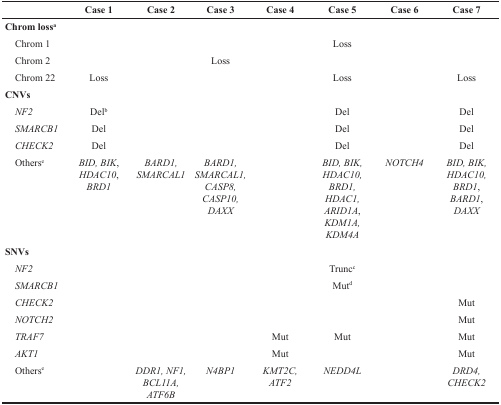
<table><thead><tr><td></td><td><b>Case 1</b></td><td><b>Case 2</b></td><td><b>Case 3</b></td><td><b>Case 4</b></td><td><b>Case 5</b></td><td><b>Case 6</b></td><td><b>Case 7</b></td></tr></thead><tbody><tr><td colspan="8"><b>Chrom loss<sup>a</sup></b></td></tr><tr><td> Chrom 1</td><td></td><td></td><td></td><td></td><td>Loss</td><td></td><td></td></tr><tr><td> Chrom 2</td><td></td><td></td><td>Loss</td><td></td><td></td><td></td><td></td></tr><tr><td> Chrom 22</td><td>Loss</td><td></td><td></td><td></td><td>Loss</td><td></td><td>Loss</td></tr><tr><td colspan="8"><b>CNVs</b></td></tr><tr><td> <i>NF2</i></td><td>Del<sup>b</sup></td><td></td><td></td><td></td><td>Del</td><td></td><td>Del</td></tr><tr><td> <i>SMARCB1</i></td><td>Del</td><td></td><td></td><td></td><td>Del</td><td></td><td>Del</td></tr><tr><td> <i>CHECK2</i></td><td>Del</td><td></td><td></td><td></td><td>Del</td><td></td><td>Del</td></tr><tr><td> Others<sup>e</sup></td><td><i>BID, BIK</i>, <i>HDAC10</i>, <i>BRD1</i></td><td><i>BARD1, SMARCAL1</i></td><td><i>BARD1, SMARCAL1, CASP8, CASP10, DAXX</i></td><td></td><td><i>BID, BIK, HDAC10, BRD1, HDAC1, ARID1A</i>, <i>KDM1A, KDM4A</i></td><td><i>NOTCH4</i></td><td><i>BID, BIK, HDAC10, BRD1</i>, <i>BARD1</i>, <i>DAXX</i></td></tr><tr><td colspan="8"><b>SNVs</b></td></tr><tr><td> <i>NF2</i></td><td></td><td></td><td></td><td></td><td>Trunc<sup>c</sup></td><td></td><td></td></tr><tr><td> <i>SMARCB1</i></td><td></td><td></td><td></td><td></td><td>Mut<sup>d</sup></td><td></td><td></td></tr><tr><td> <i>CHECK2</i></td><td></td><td></td><td></td><td></td><td></td><td></td><td>Mut</td></tr><tr><td> <i>NOTCH2</i></td><td></td><td></td><td></td><td></td><td></td><td></td><td>Mut</td></tr><tr><td> <i>TRAF7</i></td><td></td><td></td><td></td><td>Mut</td><td>Mut</td><td></td><td>Mut</td></tr><tr><td> <i>AKT1</i></td><td></td><td></td><td></td><td>Mut</td><td></td><td></td><td>Mut</td></tr><tr><td> Others<sup>e</sup></td><td></td><td><i>DDR1, NF1, BCL11A, ATF6B</i></td><td><i>N4BP1</i></td><td><i>KMT2C, ATF2</i></td><td><i>NEDD4L</i></td><td></td><td><i>DRD4, CHECK2</i></td></tr></tbody></table>